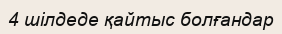
4 шілдеде қайтыс болғандар